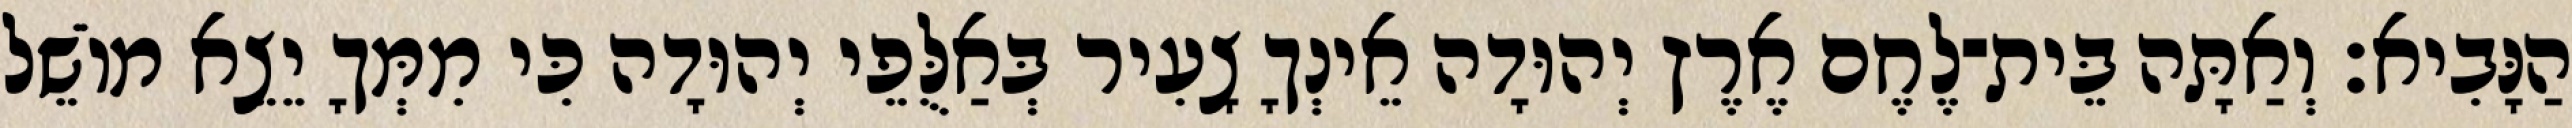
הַנָּבִיא׃ וְאַתָּה בֵּית־לֶחֶם אֶרֶץ יְהוּדָה אֵינְךָ צָעִיר בְּאַלֻּפֵי יְהוּדָה כִּי מִמְּךָ יֵצֵא מוֹשֵׁל